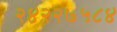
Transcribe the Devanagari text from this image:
२४२२७५८४